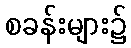
စခန်းများ၌